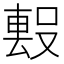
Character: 𭮻